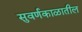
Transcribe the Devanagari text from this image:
सुवर्णकाळातील